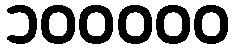
၁၀၀၀၀၀